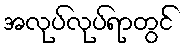
အလုပ်လုပ်ရာတွင်